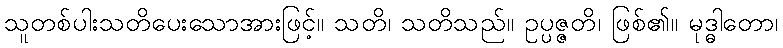
သူတစ်ပါးသတိပေးသောအားဖြင့်။ သတိ၊ သတိသည်။ ဥပ္ပဇ္ဇတိ၊ ဖြစ်၏။ မုဒ္ဓါတော၊